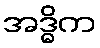
အဒ္ဓိက